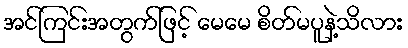
အင်ကြင်းအတွက်ဖြင့် မေမေ စိတ်မပူနဲ့သိလား